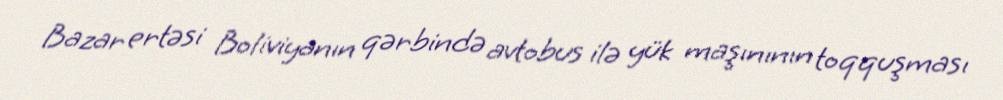
Bazar ertəsi Boliviyanın qərbində avtobus ilə yük maşınının toqquşması